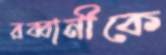
রব্বানীকে